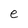
Character: e